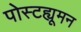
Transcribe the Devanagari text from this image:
पोस्टह्यूमन